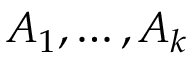
A _ { 1 } , \ldots , A _ { k }